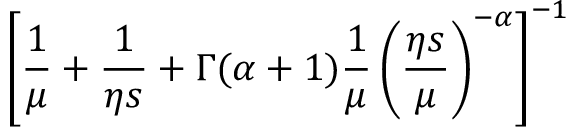
\left[ \frac { \displaystyle 1 } { \displaystyle \mu } + \frac { \displaystyle 1 } { \displaystyle \eta s } + \Gamma ( \alpha + 1 ) \frac { \displaystyle 1 } { \displaystyle \mu } \left( \frac { \displaystyle \eta s } { \displaystyle \mu } \right) ^ { - \alpha } \right] ^ { - 1 }